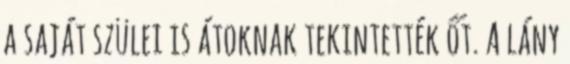
a saját szülei is átoknak tekintették őt. A lány